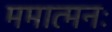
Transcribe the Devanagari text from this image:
ममात्मनः